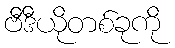
ဗီဒီယိုတစ်ခုကို